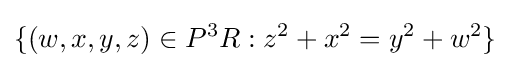
\{(w,x,y,z)\in P^{3}R:z^{2}+x^{2}=y^{2}+w^{2}\}